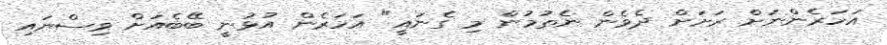
އަހަރެންނަށް ރަށަށް ދެވެން ނެތުމުން މި ގެނައީ" އަހަރެން އުޅުނީ ބޭބެއަށް ވިސްނައި